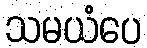
သမယံပေ